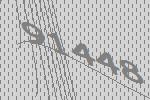
91448